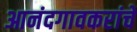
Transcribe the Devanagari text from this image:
आनंदगावकरांचे